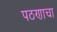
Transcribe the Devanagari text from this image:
पठणाचा